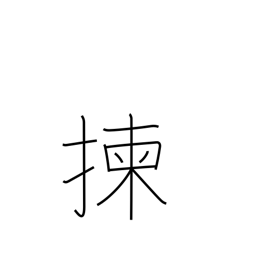
Meaning: select